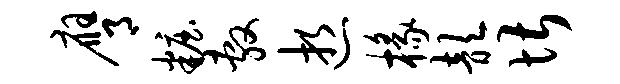
膺妆敷逝椽歆堪